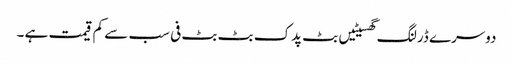
دوسرے ڈرلنگ گھسیٹیں بٹ پدک بٹ بٹ فی سب سے کم قیمت ہے ۔